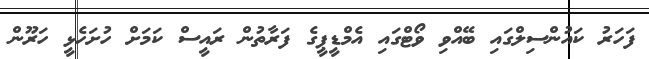
ފަހަރު ކައުންސިލްގައި ބޭއްވި ވޯޓްގައި އެމްޑީޕީގެ ފަރާތުން ރައީސް ކަމަށް ހުށަހެޅީ ހަރޫން